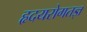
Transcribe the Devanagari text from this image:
हृदयरोगतज्ञ